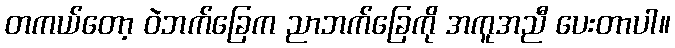
တကယ်တော့ ဝဲဘက်ခြေက ညာဘက်ခြေကို အကူအညီ ပေးတာပါ။